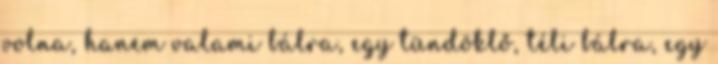
volna, hanem valami bálra, egy tündöklő, téli bálra, egy